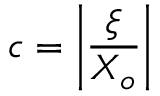
c = \left| \frac { \xi } { X _ { o } } \right|